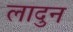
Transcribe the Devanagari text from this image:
लादुन